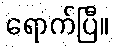
ရောက်ပြီ။